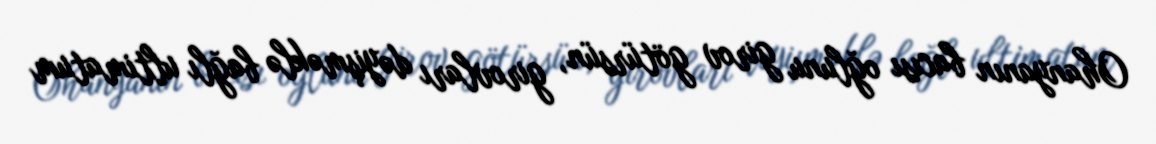
Ohanyanın bacısı oğlunu girov götürsün, girovları dəyişməklə bağlı ultimatum